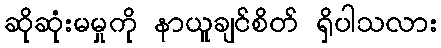
ဆိုဆုံးမမှုကို နာယူချင်စိတ် ရှိပါသလား